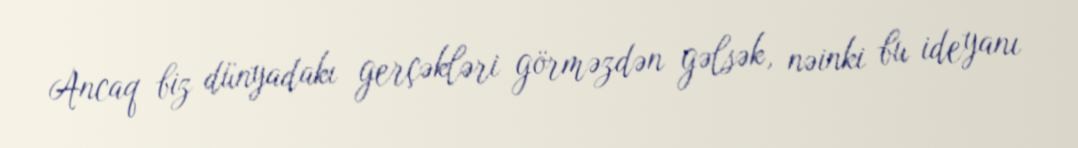
Ancaq biz dünyadakı gerçəkləri görməzdən gəlsək, nəinki bu ideyanı